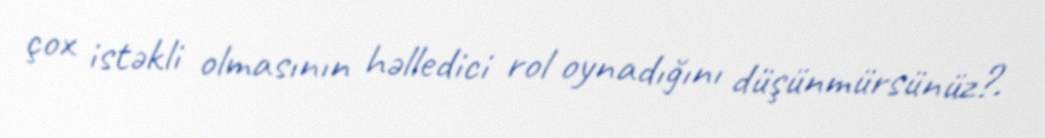
çox istəkli olmasının həlledici rol oynadığını düşünmürsünüz?.